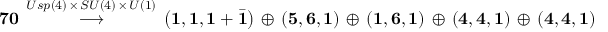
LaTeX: { \bf 7 0 } \, \stackrel { U s p ( 4 ) \, \times \, S U ( 4 ) \, \times \, U ( 1 ) } { \longrightarrow } \, \left( { \bf 1 } , { \bf 1 } , { \bf 1 } + { \bar { \bf 1 } } \right) \, \oplus \, \left( { \bf 5 } , { \bf 6 } , { \bf 1 } \right) \, \oplus \, \left( { \bf 1 } , { \bf 6 } , { \bf 1 } \right) \, \oplus \, \left( { \bf 4 } , { \bf 4 } , { \bf 1 } \right) \, \oplus \, \left( { \bf 4 } , { \bf 4 } , { \bf 1 } \right)